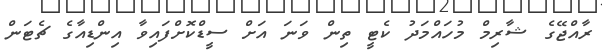
ރާއްޖޭގެ ޝާރިމް މުހައްމަދު ކެޓީ ތިން ވަނަ އަށް ސީޑްކޮށްފައިވާ އިންޑިއާގެ ޗެޓަން